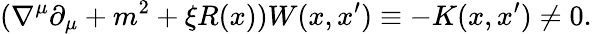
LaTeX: (\nabla^{\mu}\partial_{\mu}+m^{2}+\xi R(x))W(x,x^{\prime})\equiv-K(x,x^{\prime})\neq 0.